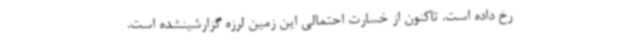
رخ داده است. تاکنون از خسارت احتمالی این زمین لرزه گزارشینشده است.